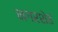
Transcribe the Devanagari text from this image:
नगरशेठ